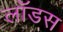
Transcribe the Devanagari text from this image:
लॉडस